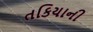
તકિયાની